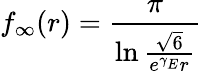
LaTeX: f_{\infty}(r)=\frac{\pi}{\ln\frac{\sqrt{6}}{e^{\gamma_{E}}r}}